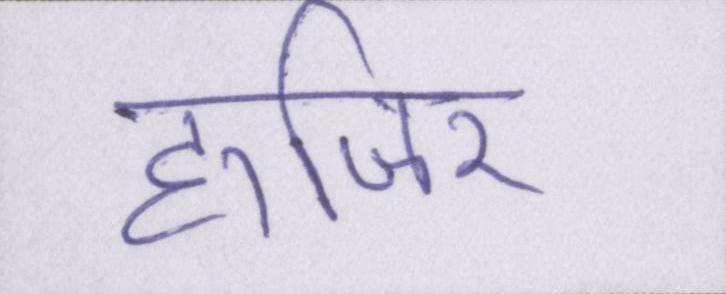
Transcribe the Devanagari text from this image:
हाजिर